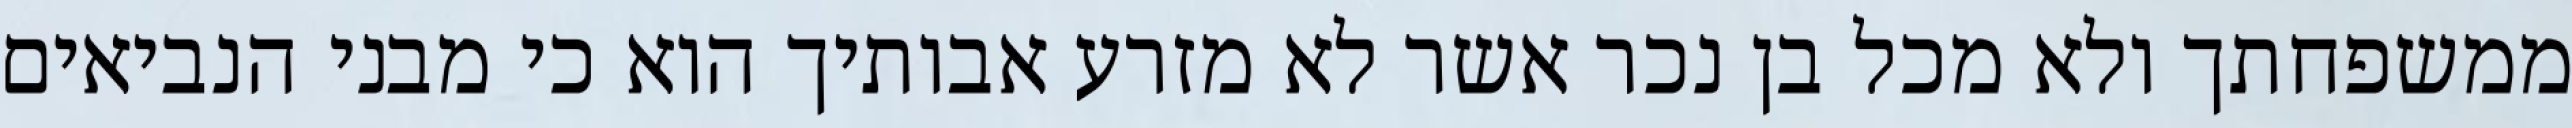
ממשפחתך ולא מכל בן נכר אשר לא מזרע אבותיך הוא כי מבני הנביאים